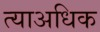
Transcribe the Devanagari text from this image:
त्याअधिक